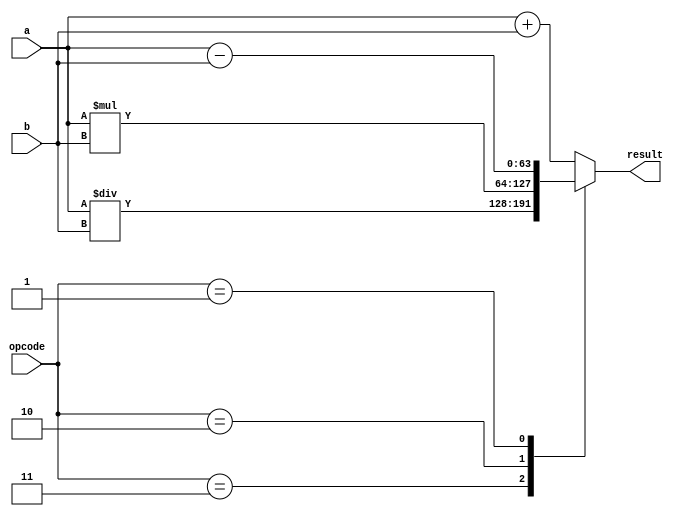
module triple_precision_unit (
    input [63:0] a,
    input [63:0] b,
    input [2:0] opcode, // 0=add, 1=subtract, 2=multiply, 3=divide
    output reg [63:0] result
);

always @(*)
begin
    case(opcode)
        3: result = a / b;
        2: result = a * b;
        1: result = a - b;
        default: result = a + b;
    endcase
end

endmodule